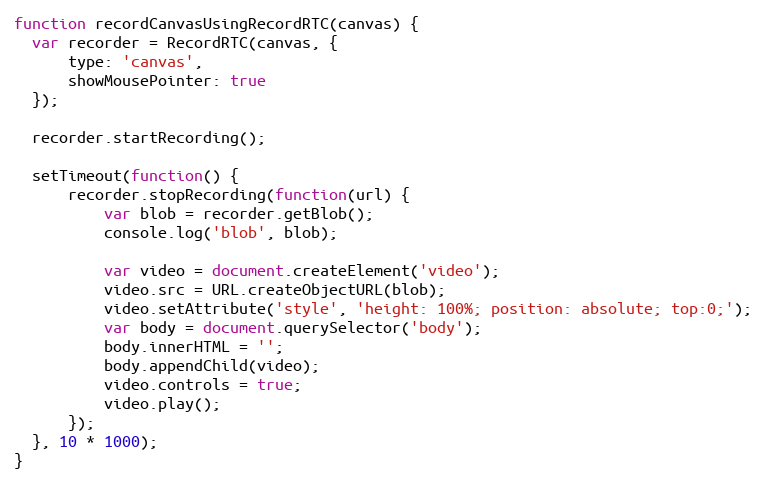
Language: JavaScript
function recordCanvasUsingRecordRTC(canvas) {
  var recorder = RecordRTC(canvas, {
      type: 'canvas',
      showMousePointer: true
  });

  recorder.startRecording();

  setTimeout(function() {
      recorder.stopRecording(function(url) {
          var blob = recorder.getBlob();
          console.log('blob', blob);

          var video = document.createElement('video');
          video.src = URL.createObjectURL(blob);
          video.setAttribute('style', 'height: 100%; position: absolute; top:0;');
          var body = document.querySelector('body');
          body.innerHTML = '';
          body.appendChild(video);
          video.controls = true;
          video.play();
      });
  }, 10 * 1000);
}